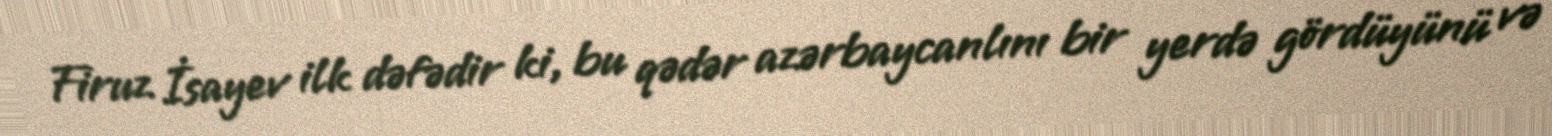
Firuz İsayev ilk dəfədir ki, bu qədər azərbaycanlını bir yerdə gördüyünü və